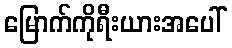
မြောက်ကိုရီးယားအပေါ်